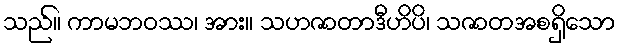
သည်။ ကာမဘဝဿ၊ အား။ သဟဇာတာဒီဟိပိ၊ သဇာတအစရှိသော